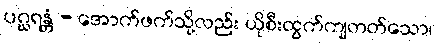
ပဂ္ဃရန္တံ - အောက်ဖက်သို့လည်း ယိုစီးထွက်ကျတတ်သော၊